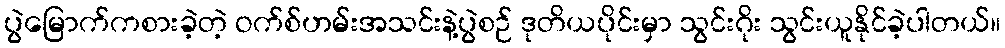
ပွဲမြောက်ကစားခဲ့တဲ့ ဝက်စ်ဟမ်းအသင်းနဲ့ပွဲစဉ် ဒုတိယပိုင်းမှာ သွင်းဂိုး သွင်းယူနိုင်ခဲ့ပါတယ်။